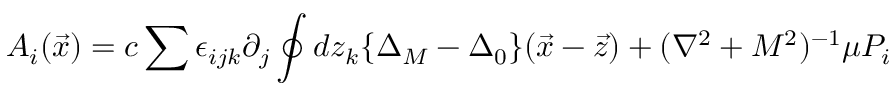
A _ { i } ( \vec { x } ) = c \sum \epsilon _ { i j k } \partial _ { j } \oint d z _ { k } \{ \Delta _ { M } - \Delta _ { 0 } \} ( \vec { x } - \vec { z } ) + ( \nabla ^ { 2 } + M ^ { 2 } ) ^ { - 1 } \mu P _ { i }